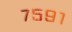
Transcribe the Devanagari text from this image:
७५९१